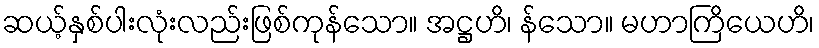
ဆယ့်နှစ်ပါးလုံးလည်းဖြစ်ကုန်သော။ အဋ္ဌဟိ၊ န်သော။ မဟာကြိယေဟိ၊